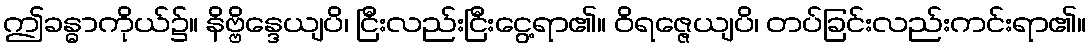
ဤခန္ဓာကိုယ်၌။ နိဗ္ဗိန္ဒေယျပိ၊ ငြီးလည်းငြီးငွေ့ရာ၏။ ဝိရဇ္ဇေယျပိ၊ တပ်ခြင်းလည်းကင်းရာ၏။